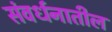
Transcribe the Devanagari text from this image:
संवर्धनातील